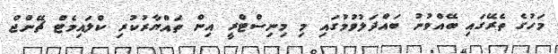
މަހުގެ ތެރޭގައި ބޭއްވުނު ބައްދަލުވުމުގައި މި މިނިސްޓްރީ އިން ތައްޔާރުކުރި ކްލައިމެޓް ޗޭންޖް